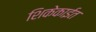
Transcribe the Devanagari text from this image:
शिकेकाईत